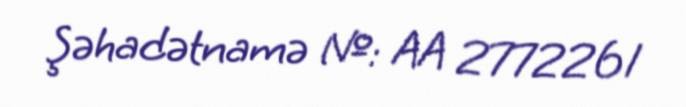
Şəhadətnamə №: AA 2772261